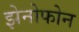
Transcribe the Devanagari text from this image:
झेनोफोन